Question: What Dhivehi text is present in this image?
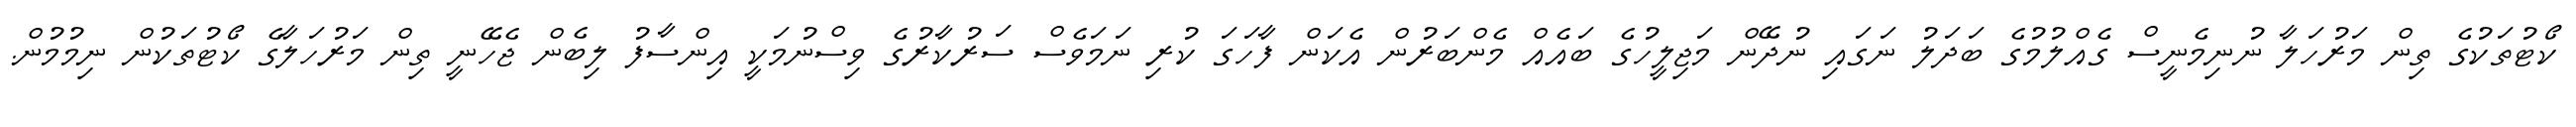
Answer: ކޯޓުތަކުގެ ތިން މަރުހަލާ ނުނިމެނީސް ގެއްލުމުގެ ބަދަލު ނަގައި ނުދޭން މަޖިލީހުގެ ބައެއް މެންބަރުން އެކަން ފާހަގަ ކުރި ނަމަވެސް ސަރުކާރުގެ ވިސްނުމަކީ އިންސާފު ލިބެން ޖެހޭނީ ތިން މަރުހަލާގެ ކޯޓުތަކުން ނިމުމުން.